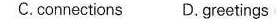
C.connections D.Greetings